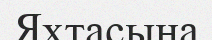
Яхтасына